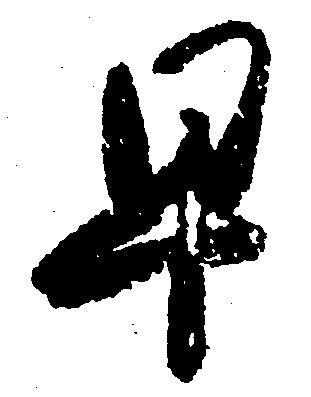
早